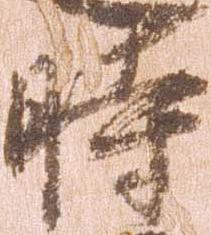
時